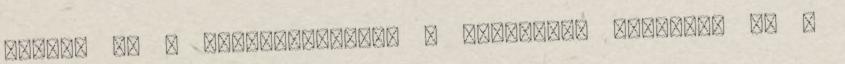
tojást és a tojássárgákat. A felfutott élesztőt és a